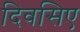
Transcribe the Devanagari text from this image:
दिवसिए